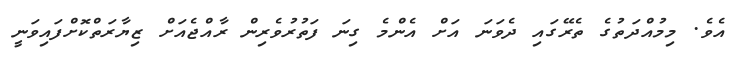
އެވެ. މިމުއްދަތުގެ ތެރޭގައި ދެވަނަ އަށް އެންމެ ގިނަ ފަތުރުވެރިން ރާއްޖެއަށް ޒިޔާރަތްކޮށްފައިވަނީ